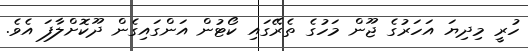
ހުރީ މިދިޔަ އަހަރުގެ ޖޫން މަހުގެ ތެރޭގައި ކޯޓުން އަންގައިގެން ދޫކޮށްލާފަ އެވެ.